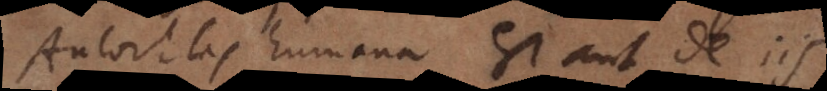
Autoritas humana est aut de iis